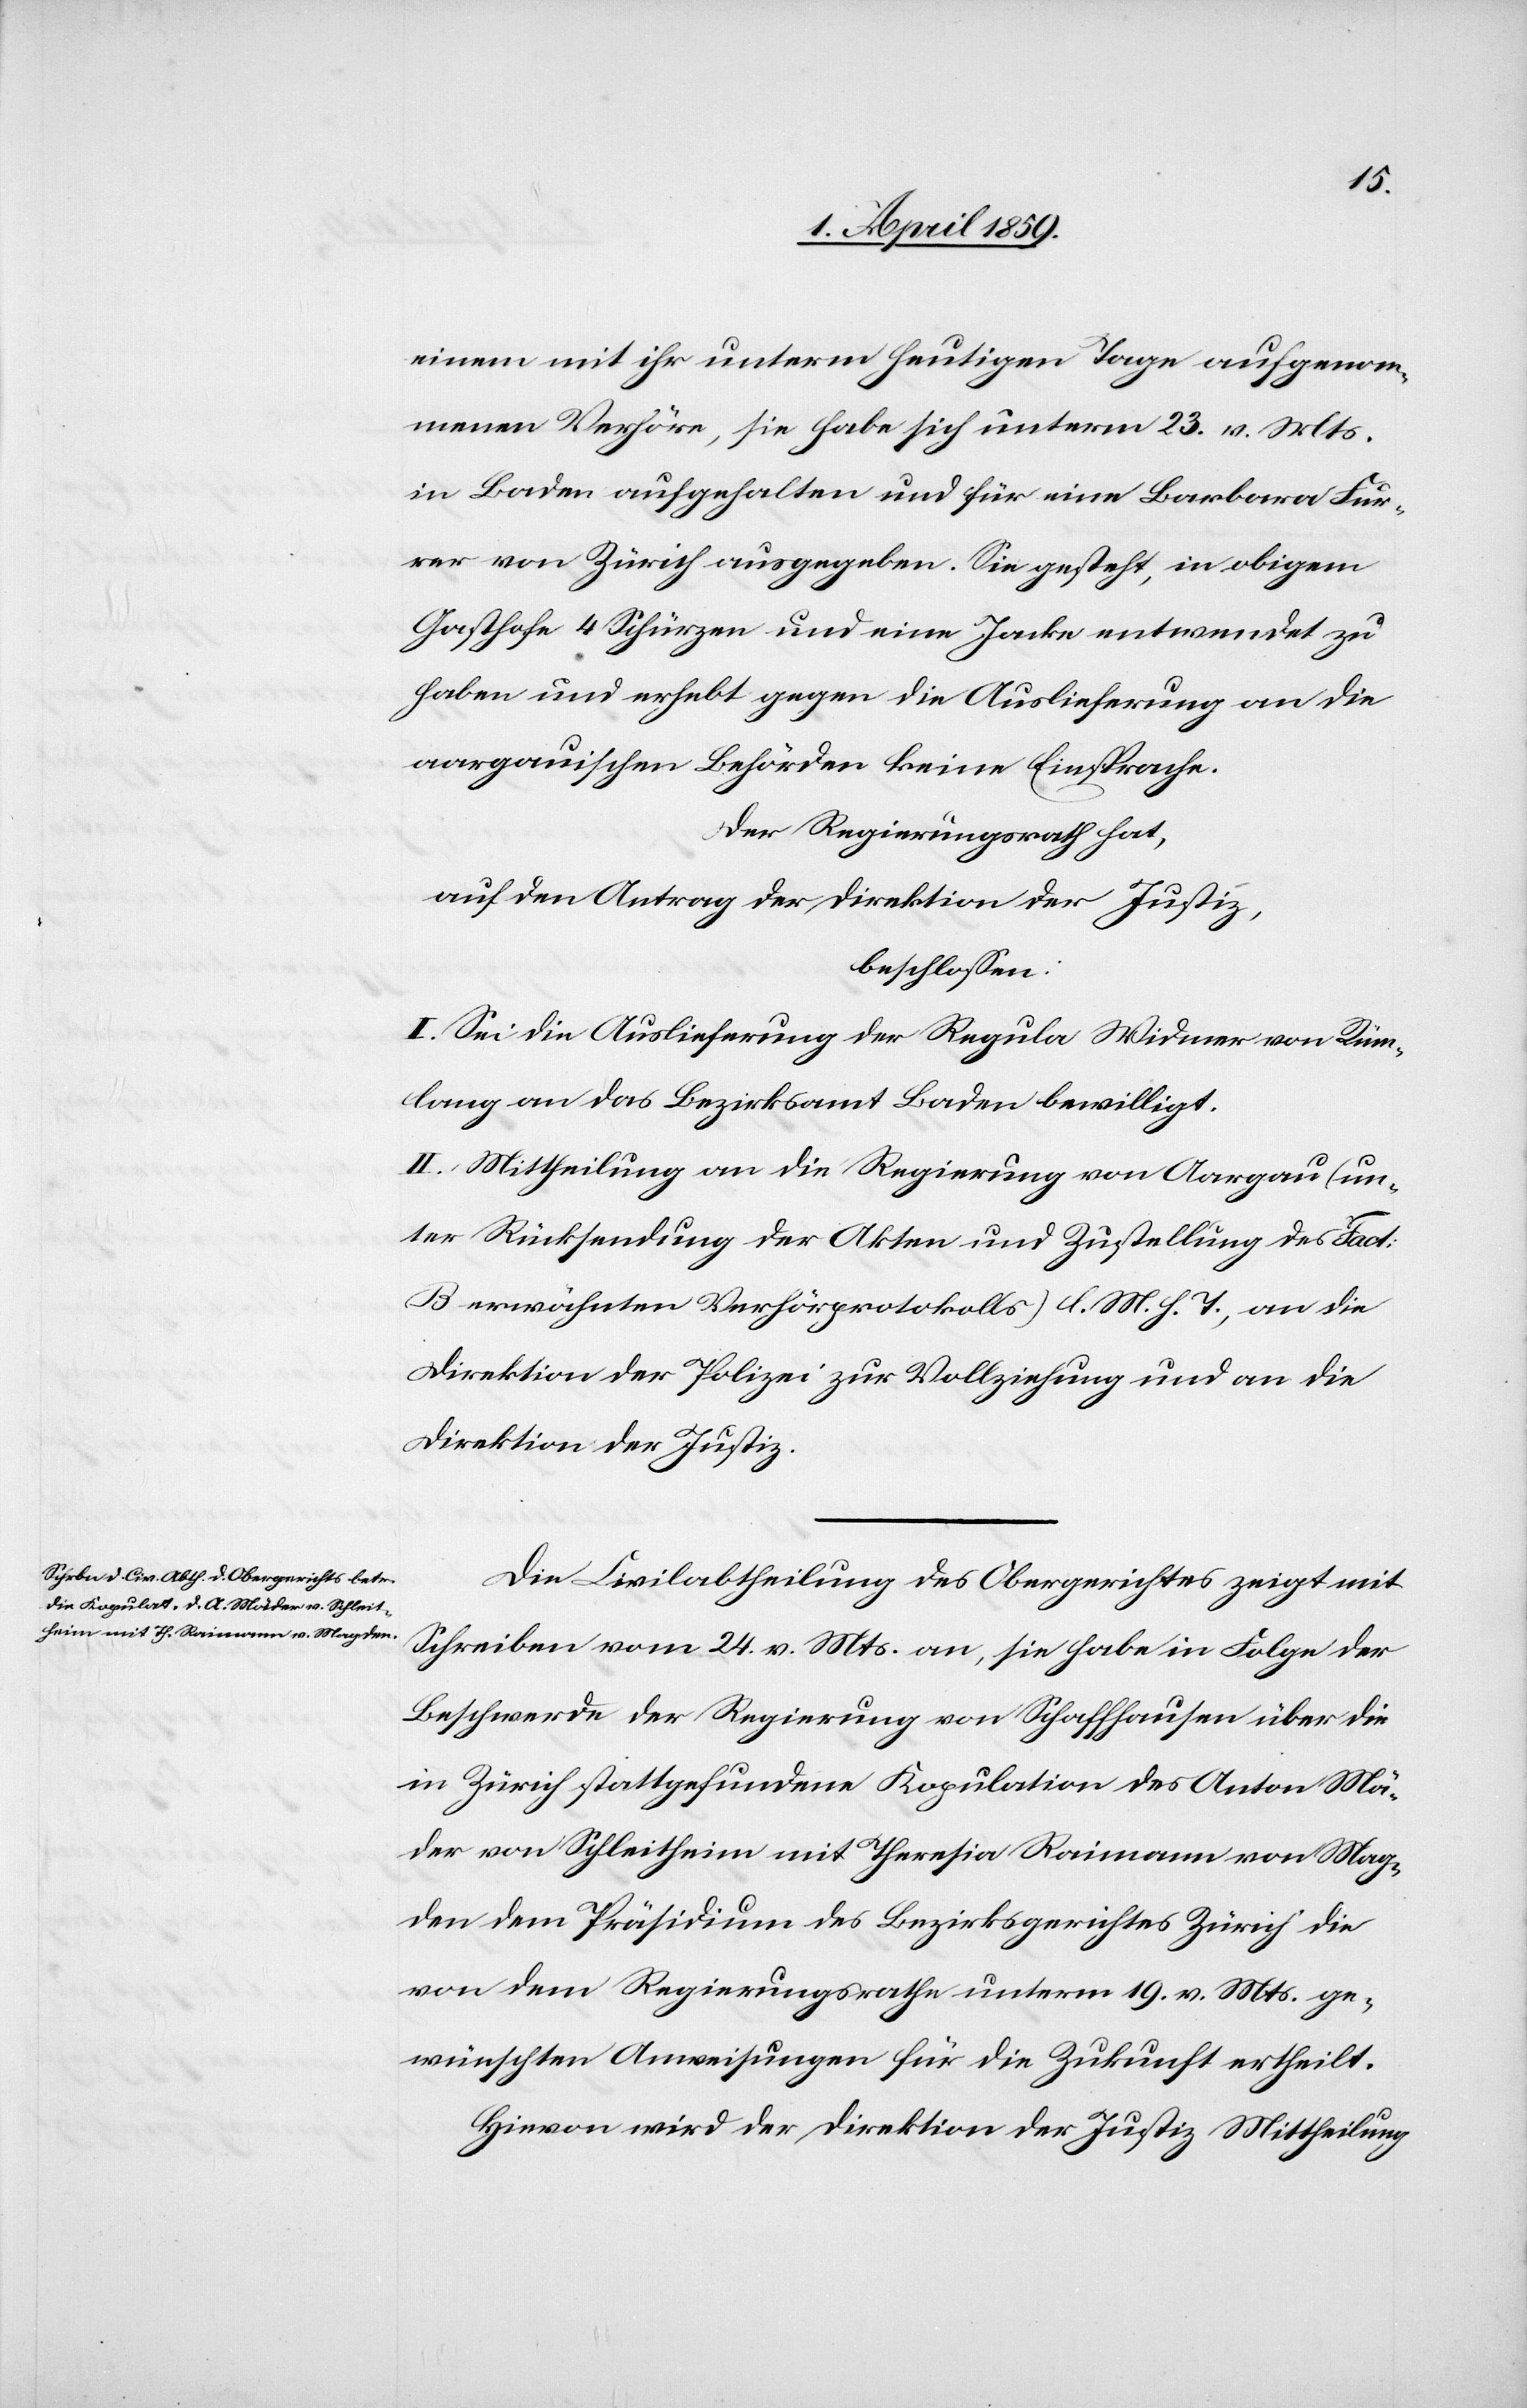
einem mit ihr unterm heutigen Tage aufgenom¬
menen Verhör, sie habe sich unterm 23. v. Mts.
in Baden aufgehalten und für eine Barbara Fur¬
rer von Zürich ausgegeben. Sie gesteht, in obigem
Gasthofe 4 Schürzen und eine Jacke entwendet zu
haben und erhebt gegen die Auslieferung an die
aargauischen Behörden keine Einsprache.
Der Regierungsrath hat,
auf den Antrag der Direktion der Justiz,
beschloßen:
I. Sei die Auslieferung der Regula Widmer von Rüm¬
lang an das Bezirksamt Baden bewilligt.
II. Mittheilung an die Regierung von Aargau (un¬
ter Rücksendung der Akten und Zustellung des Fact.
B erwähnten Verhörprotokolls) l. M. h. T., an die
Direktion der Polizei zur Vollziehung und an die
Direktion der Justiz.
Die Civilabtheilung des Obergerichtes zeigt mit
Schreiben vom 24. v. Mts. an, sie habe in Folge der
Beschwerde der Regierung von Schaffhausen über die
in Zürich stattgefundene Kopulation des Anton Mä¬
der von Schleitheim mit Theresia Raimann von Mag¬
den dem Präsidium des Bezirksgerichtes Zürich die
von dem Regierungsrathe unterm 19. v. Mts. ge¬
wünschten Anweisungen für die Zukunft ertheilt.
Hievon wird der Direktion der Justiz Mittheilung